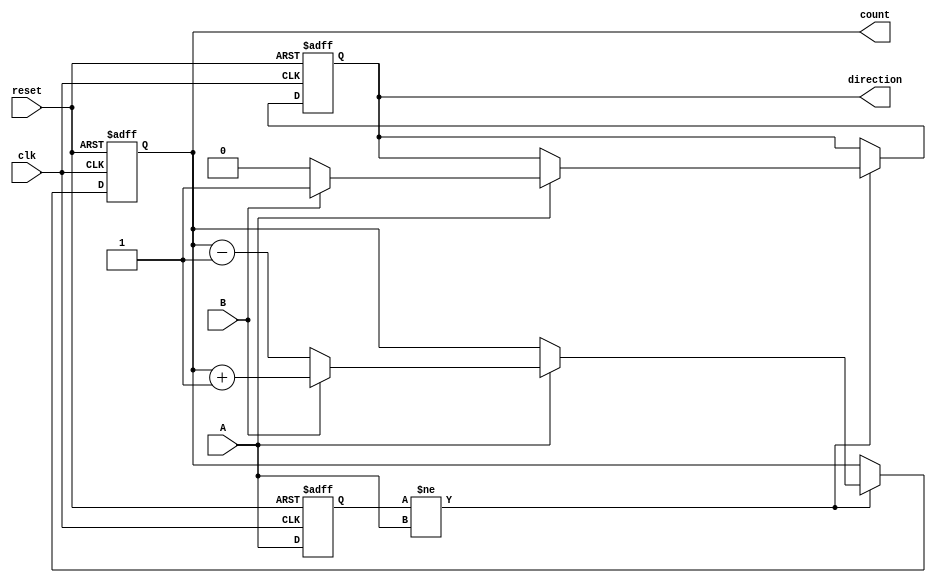
module rotary_encoder (
    input wire clk,        // Clock input
    input wire reset,      // Reset input
    input wire A,          // Signal A from the encoder
    input wire B,          // Signal B from the encoder
    output reg [7:0] count, // 8-bit count output (adjust size as needed)
    output reg direction    // Direction output (1 for clockwise, 0 for counterclockwise)
);

    // Internal states to hold previous A and B values
    reg A_prev, B_prev;

    always @(posedge clk or posedge reset) begin
        if (reset) begin
            count <= 8'b0;         // Reset count to zero
            direction <= 1'b0;     // Reset direction
            A_prev <= 1'b0;        // Initialize previous A state
            B_prev <= 1'b0;        // Initialize previous B state
        end else begin
            // Detect state changes
            if (A_prev != A) begin
                // A has changed
                if (A == 1'b1) begin // Rising edge of A
                    if (B == 1'b1) begin
                        count <= count + 1;  // Clockwise
                        direction <= 1'b1;    // Set direction to clockwise
                    end else begin
                        count <= count - 1;  // Counterclockwise
                        direction <= 1'b0;    // Set direction to counterclockwise
                    end
                end
            end
            
            // Update previous states
            A_prev <= A;
            B_prev <= B;
        end
    end

endmodule